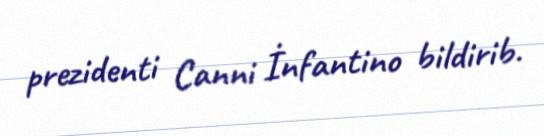
prezidenti Canni İnfantino bildirib.